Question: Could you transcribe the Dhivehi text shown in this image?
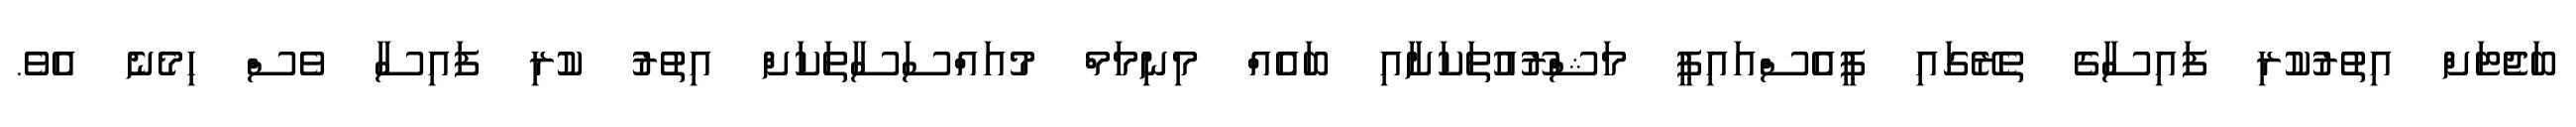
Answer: ބަޖެޓަށް އިތުރުކުރި ފައިސާގެ ތެރޭގައި ޕީއެސްއައިޕީ މަޝްރޫއުތަކަށާއި ބައެއް މިނިމަމް މުއައްސަސާތަކަށް އިތުރު ކުރި ފައިސާ ވެސް ހިމެނެ އެވެ.